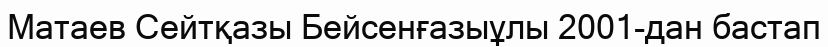
Матаев Сейтқазы Бейсенғазыұлы 2001-дан бастап